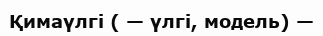
Қимаүлгі ( — үлгі, модель) —